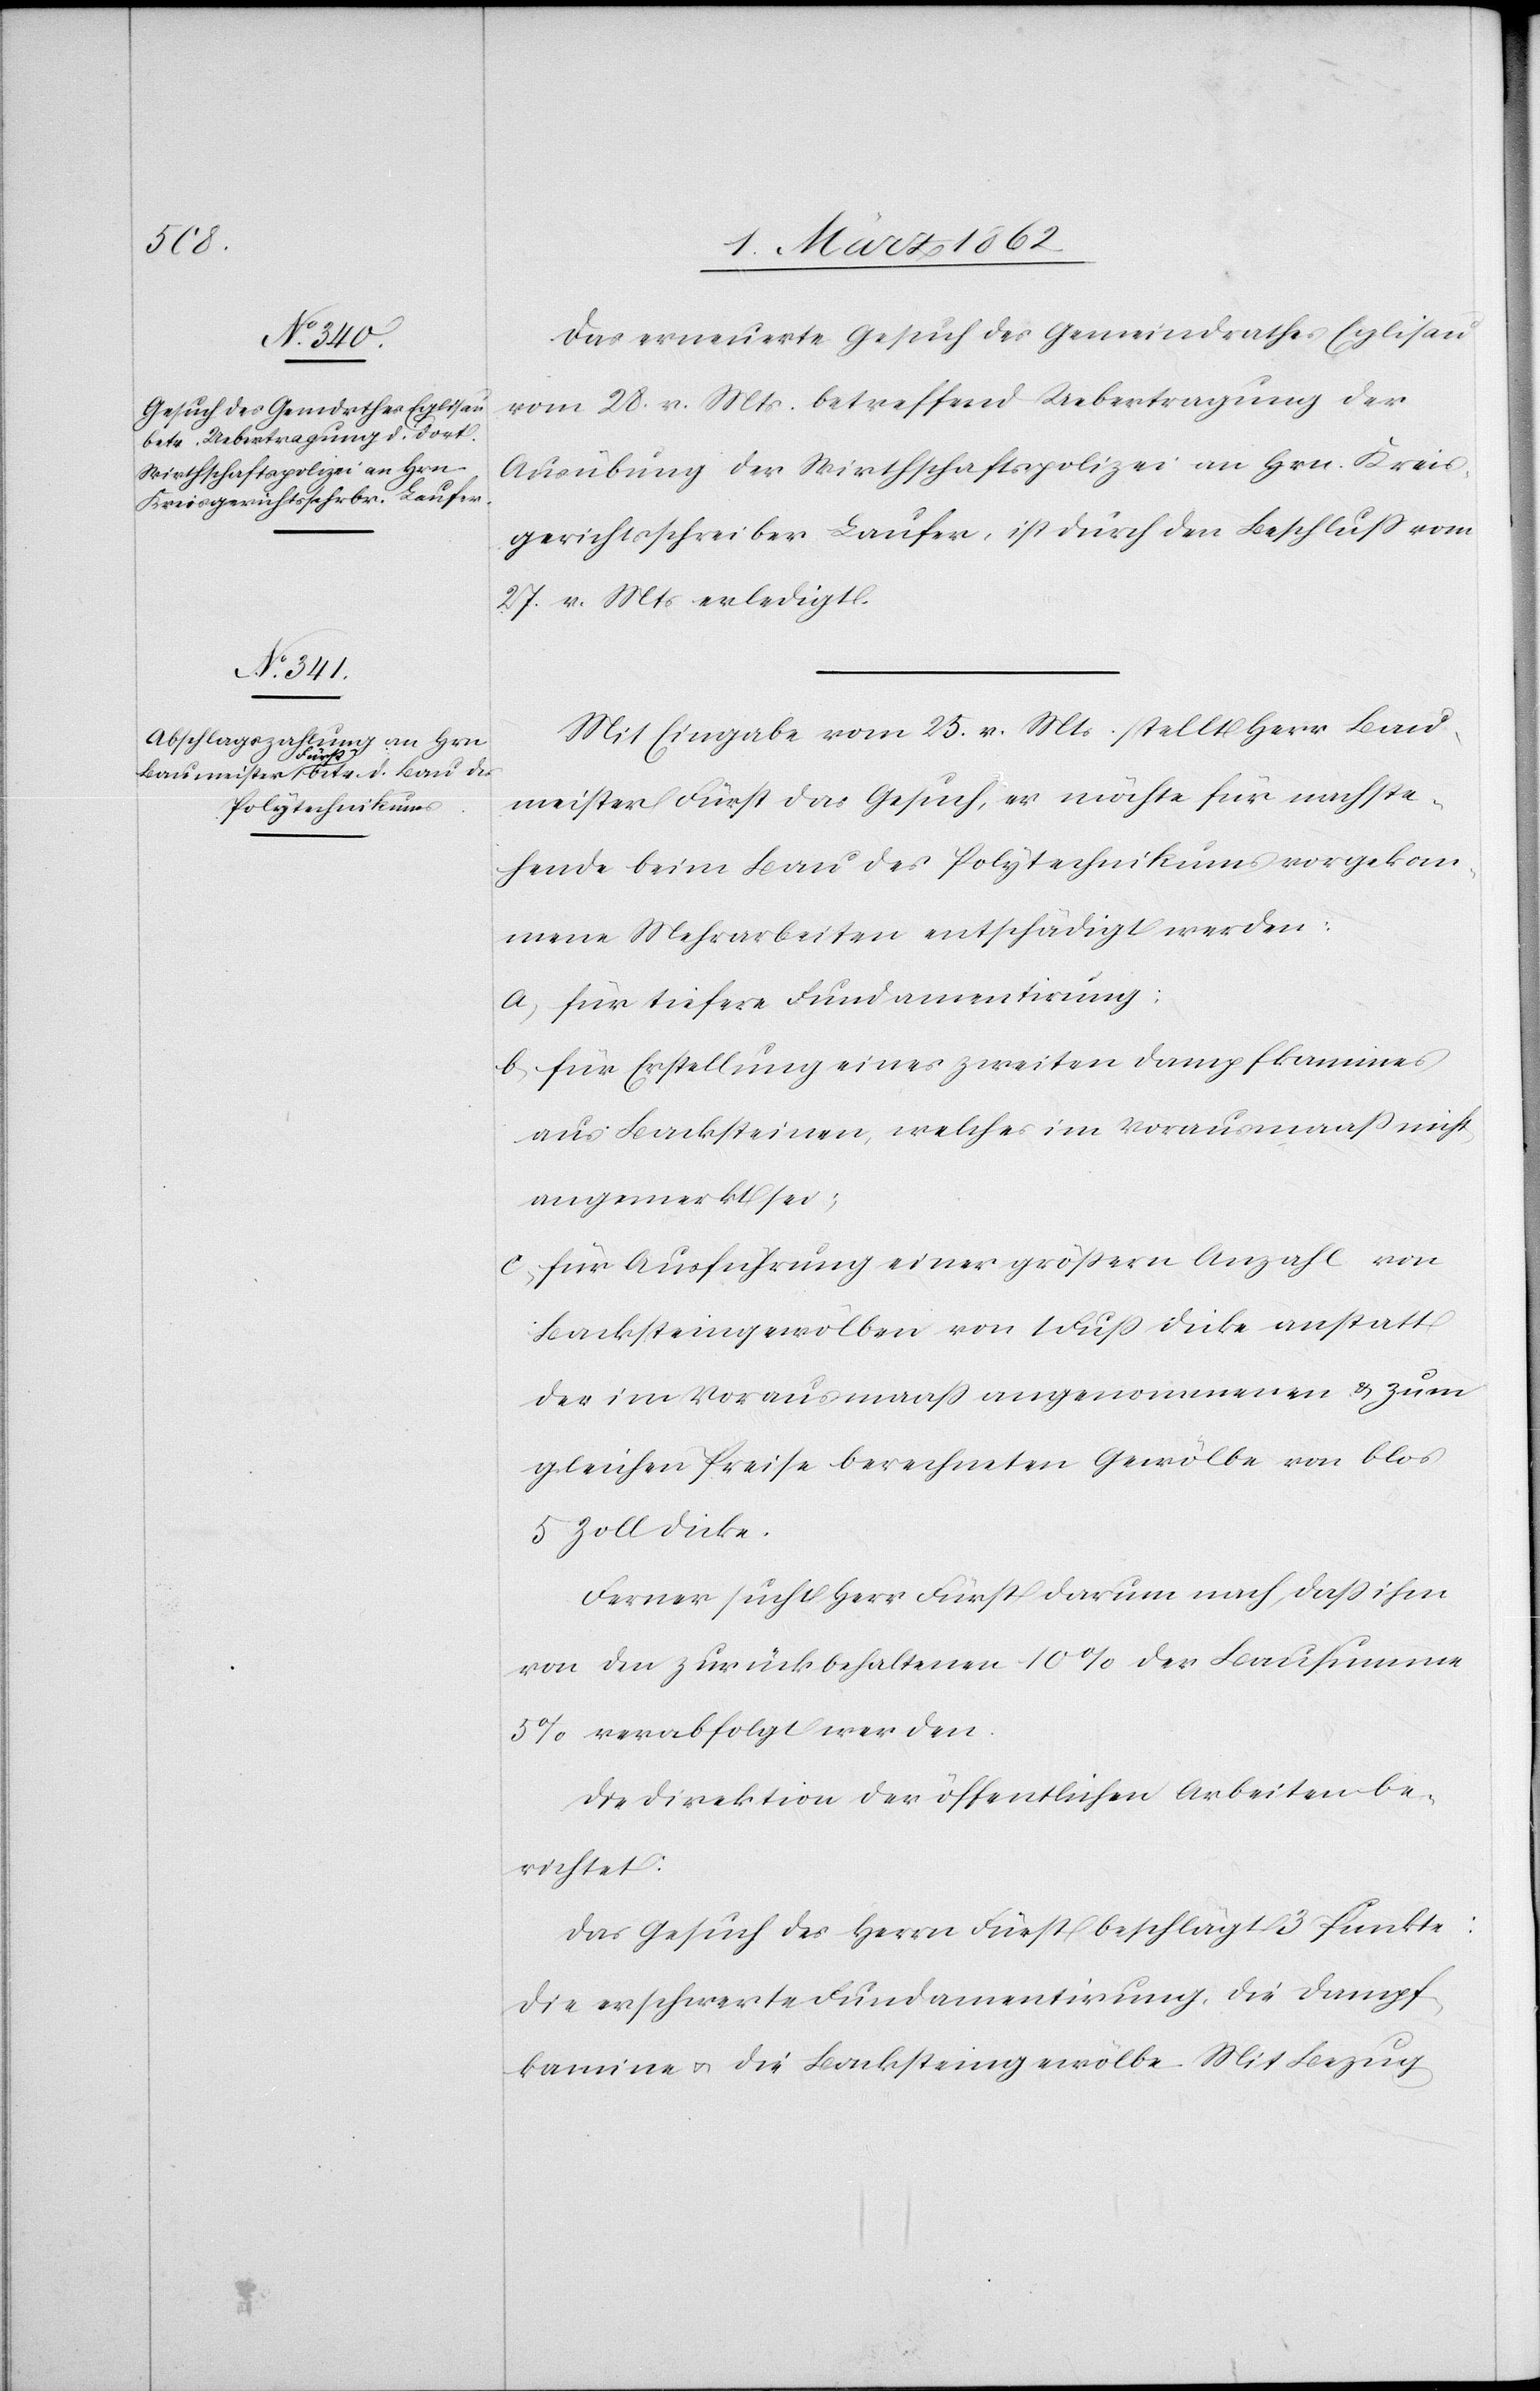
Das erneuerte Gesuch des Gemeindrathes Eglisau
vom 28. v. Mts. betreffend Uebertragung der
Ausübung der Wirthschaftspolizei an Hrn. Kreis¬
gerichtsschreiber Laufer, ist durch den Beschluß vom
27. v. Mts erledigt.
Mit Eingabe vom 25. v. Mts stellt Herr Bau¬
meister Fürst das Gesuch, er möchte für nachste¬
hende beim Bau des Polytechnikums vorgekom¬
mene Mehrarbeiten entschädigt werden:
a) für tiefere Fundamentirung;
b) für Erstellung eines zweiten Dampfkamines
aus Backsteinen, welches im Vorausmaaß nicht
angemerkt sei;
c) für Ausführung einer größern Anzahl von
Backsteingewölben von 1 Fuß Dicke anstatt
der im Vorausmaaß angenommenen & zum
gleichen Preise berechneten Gewölbe von blos
5 Zoll Dicke.
Ferner sucht Herr Fürst darum nach, daß ihm
von den zurückbehaltenen 10% der Bausumme
5% verabfolgt werden.
Die Direktion der öffentlichen Arbeiten be¬
richtet:
Das Gesuch des Herrn Fürst beschlägt 3 Punkte:
Die erschwerte Fundamentirung, die Dampf¬
kamine u. die Backsteingewölbe. Mit Bezug